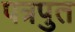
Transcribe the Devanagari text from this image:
पत्रपुत